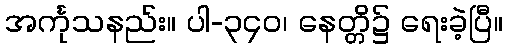
အင်္ကုသနည်း။ ပါ-၃၄၀၊ နေတ္တိ၌ ရေးခဲ့ပြီ။